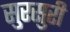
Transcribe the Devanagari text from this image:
सुरसुरी